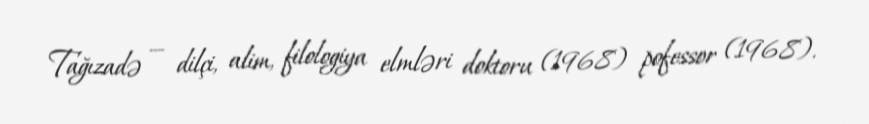
Tağızadə — dilçi, alim, filologiya elmləri doktoru (1968) pofessor (1968).